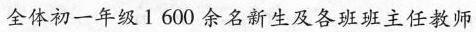
全体初一年级1600余名新生及各班班主任教师